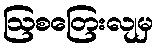
ဩစတြေးလျမှ